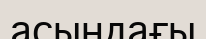
асындағы